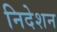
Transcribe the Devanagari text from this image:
निदेशन